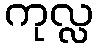
ကုလ္လ